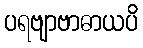
ပရဗျာဗာဓာယပိ